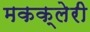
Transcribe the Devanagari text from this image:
मकक्लेरी